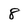
Character: 8